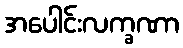
အပေါင်းလက္ခဏာ